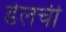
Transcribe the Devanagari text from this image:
डेलची